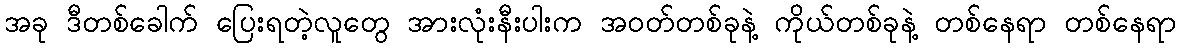
အခု ဒီတစ်ခေါက် ပြေးရတဲ့လူတွေ အားလုံးနီးပါးက အဝတ်တစ်ခုနဲ့ ကိုယ်တစ်ခုနဲ့ တစ်နေရာ တစ်နေရာ